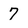
Character: 7